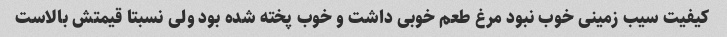
کیفیت سیب زمینی خوب نبود مرغ طعم خوبی داشت و خوب پخته شده بود ولی نسبتا قیمتش بالاست